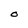
Character: O